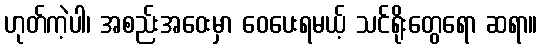
ဟုတ်ကဲ့ပါ၊ အစည်းအဝေးမှာ ဝေပေးရမယ့် သင်ရိုးတွေရော ဆရာ။